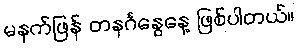
မနက်ဖြန် တနင်္ဂနွေနေ့ ဖြစ်ပါတယ်။